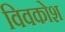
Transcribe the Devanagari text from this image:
विवकोश